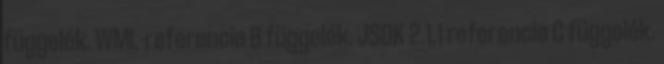
függelék. WML-referencia B függelék. JSDK 2.1.1 referencia C függelék.